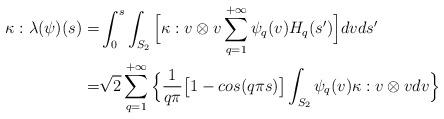
LaTeX: \begin{align*}\kappa:\lambda(\psi)(s) =& \int_0^s\int_{S_2}\Big[\kappa:v \otimes v \sum_{q=1}^{+\infty}\psi_q(v)H_q(s')\Big]dvds'\\=&\sqrt{2}\sum_{q=1}^{+\infty}\Big\{\dfrac{1}{q\pi}\big[1-cos(q \pi s)\big]\int_{S_2}\psi_q(v)\kappa:v \otimes vdv\Big\}\end{align*}